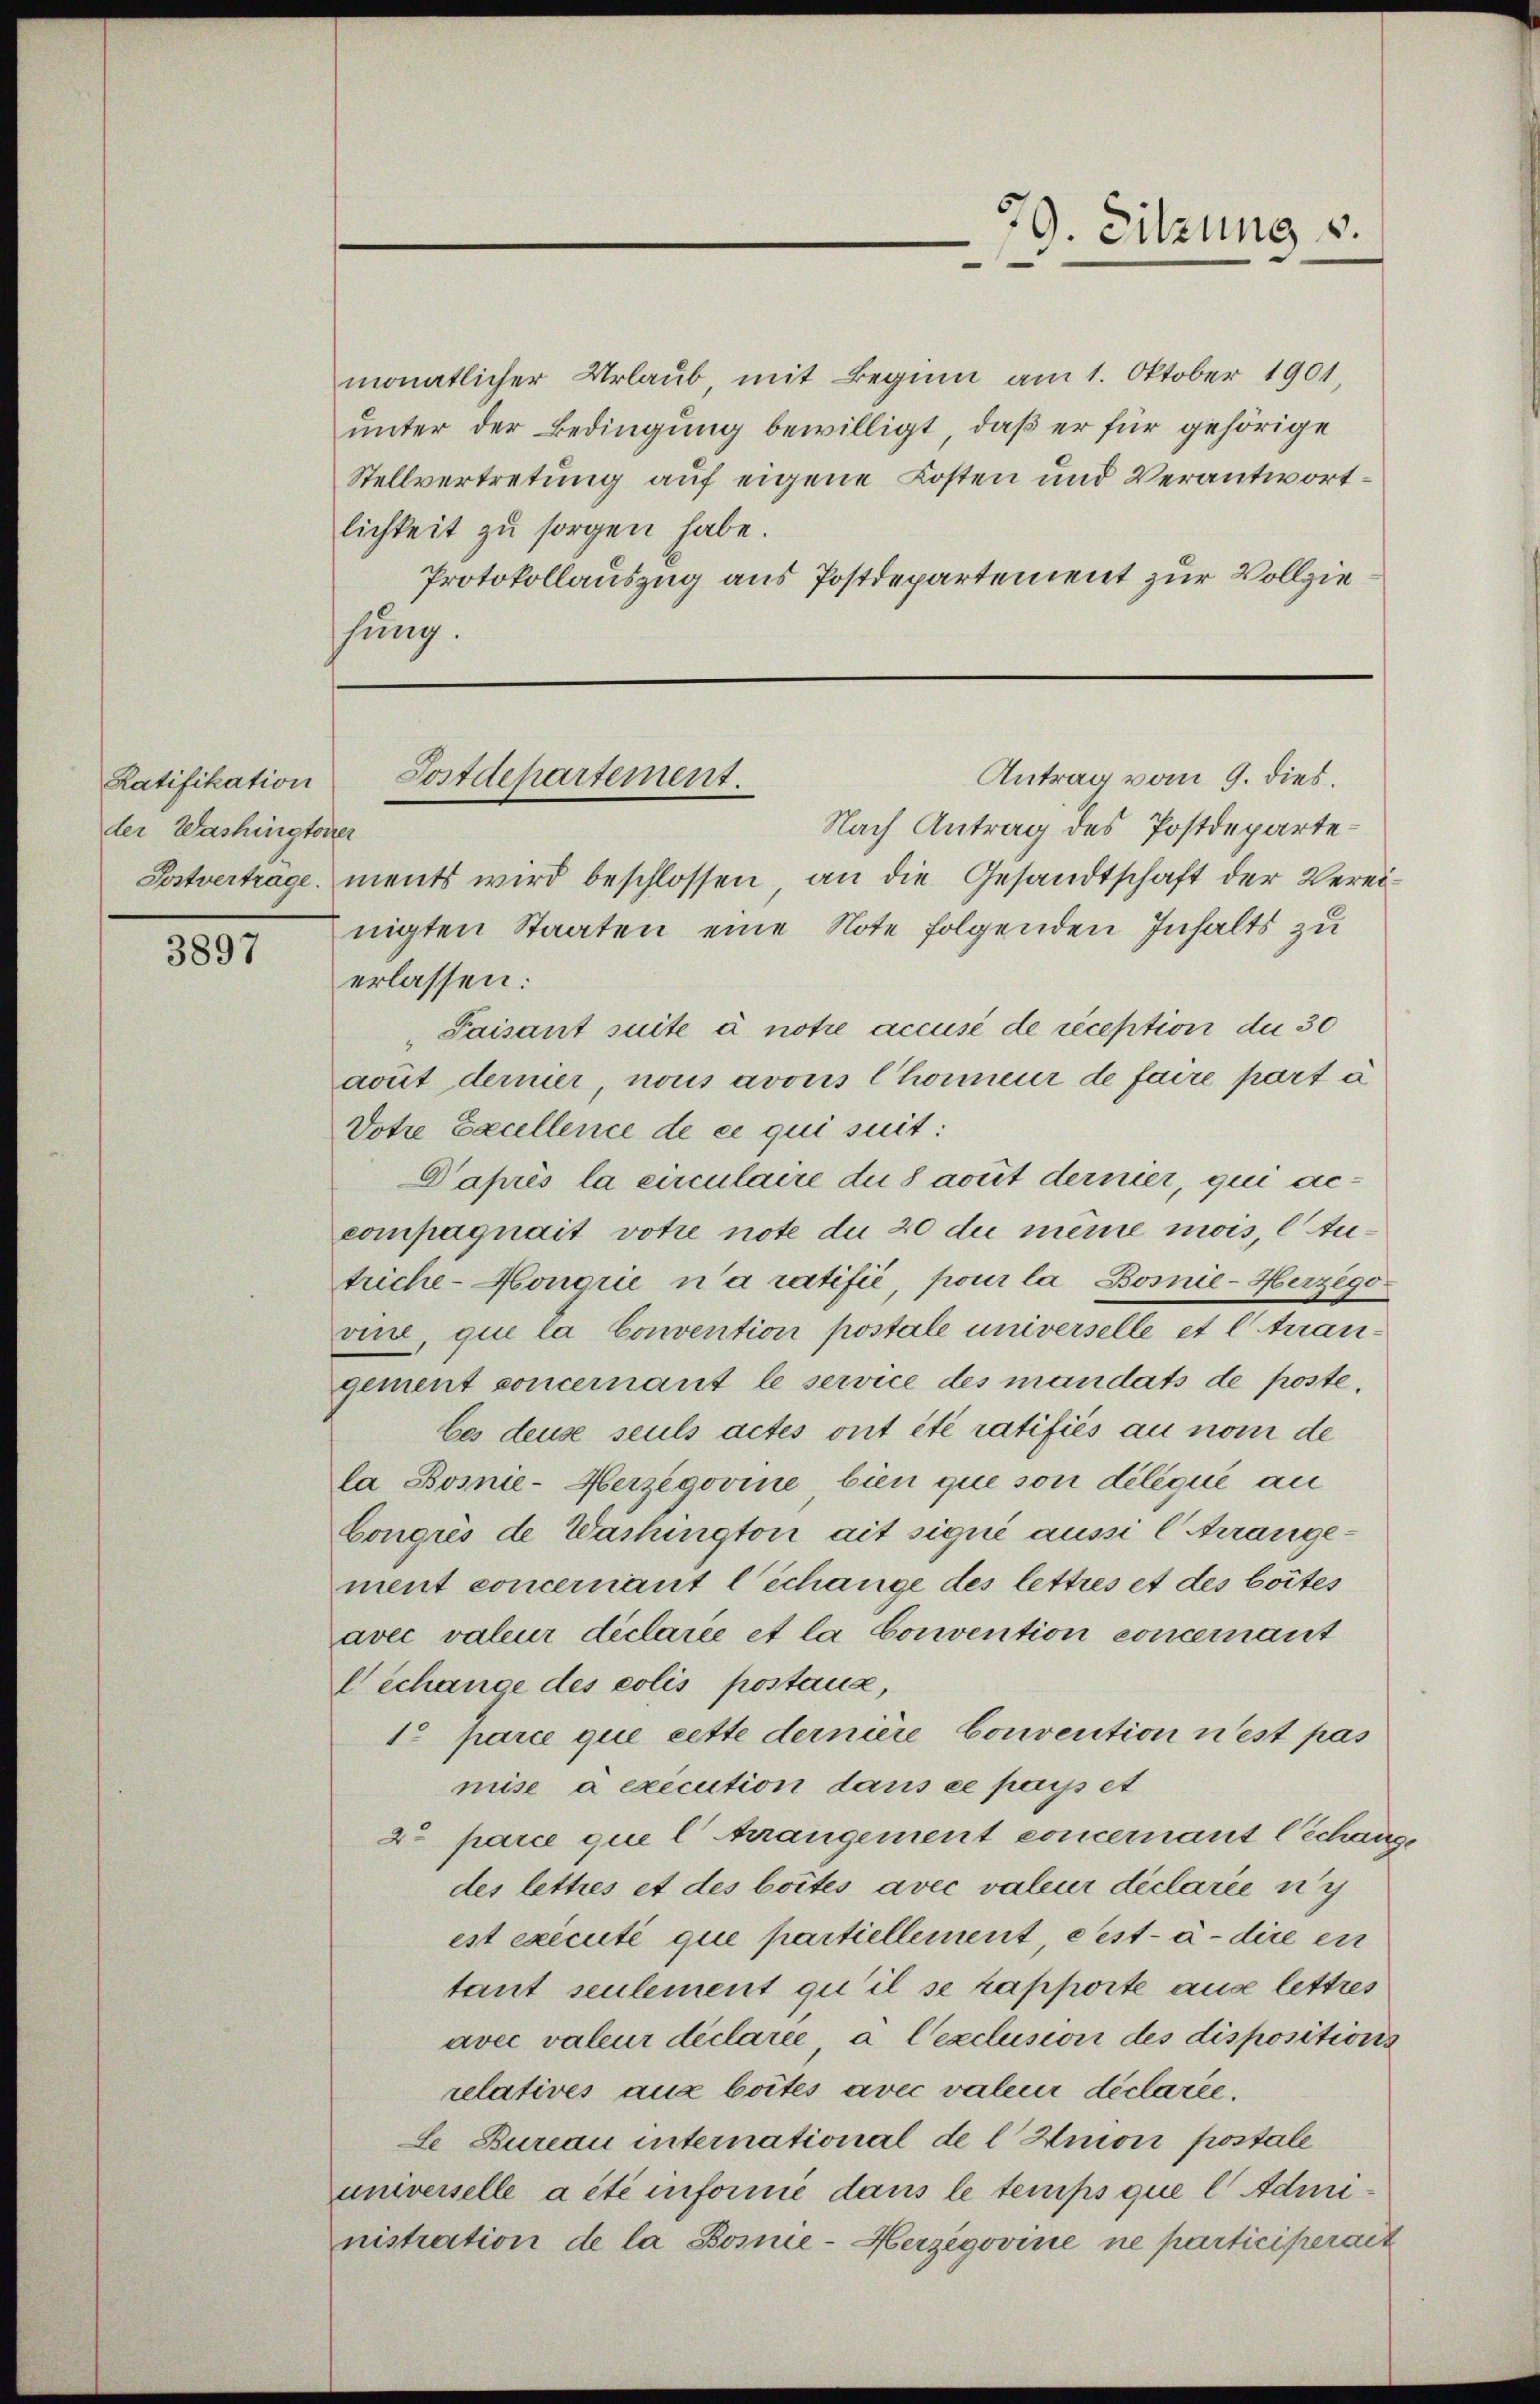
Ratifikation
der Washingtorrer

3897

.
79. Sitzung v.

monatlicher Urlaub mit Beginn am 1. Oktober 1901,
unter der Bedingung bewilligt, daß er für gehörige
Stellvertretung auf eigene Kosten und Verantwortlichkeit zu sorgen habe.
Protokollauszug aus Postdepartement zur Vollziesung.

Antrag vom 9. dies.
Postdepartement.

Nach Antrag des Postdeparte¬
Postvertrage ments wird beschlossen, an die Gesandtschaft der Vereinigten Staaten eine Note folgenden Inhalts zu
erlassen:
Paisant suite à notre accusé de reception du 30
acuit dernier, nous avous Chorneur de faire part à
Dotre Excellence de ce qui suit:
Daprès la circulaire die Sacrit dernier, qui accompagnait votie note du 20 die meine mois, C Autriche-Hongrie n’a ratifié, pour la Bosnie-Herzego
vine, que la Convention postale universelle et l trangement concernant le service des mandats de poste.
bes deuse seuls actes ont été ratifiés au nom de
la Bosnie-Herzegovine, bien que son délique an
Congres de Washington ait signé aussi l Arrangement concernant l Schange des lettres et des boites
avec valeur déclarée et la Convention concernant
l échange des colis postanz,
1° parie que cette dernière Convention n’est pas
niise à execution dans ce passet
2t parce que l Arrangement concernant Schang
des lettres et des boites avec valeur déclarée nic
est executé que partiellement, Pest-à-dire ei
tant seulement qu’il se rapporte aus lettres
avec valeur déclarée à l’exclusion des dispositions
relatives aux boites avec valeur déclarée.
Le Bureau international de l Union postale
universelle a été informé dans le temps que l Administraction de la Bosnie-Herzegovine ne participerait